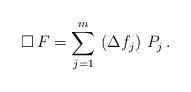
LaTeX: \begin{align*}\Box\,F=\sum_{j=1}^m\,\left(\Delta f_j\right)\,P_j\,.\end{align*}